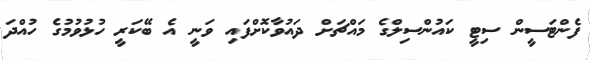
ފެންޓަސީން ސިޓީ ކައުންސިލްގެ މައްޗަށް ދައުވާކޮށްފައި ވަނީ އެ ބޭކަރީ ހުޅުވުމުގެ ހުއްދަ